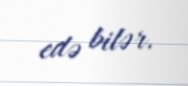
edə bilər.